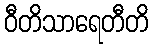
ဝီတိသာရေတီတိ